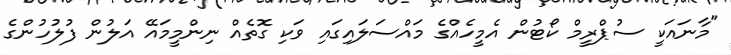
"މާނައަކީ ސުޕްރީމް ކޯޓުން އެމީހެއްގެ މައްސަލައިގައި ވަކި ގޮތެއް ނިންމީމައޭ އަލުން ފުލުހުންގެ